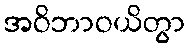
အဝိဘာဝယိတွာ